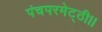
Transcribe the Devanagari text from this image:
पंचपरमेट्ठी।।